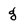
Character: g